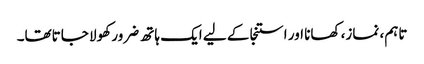
تاہم، نماز، کھانا اور استنجا کے لیے ایک ہاتھ ضرور کھولا جاتاتھا۔